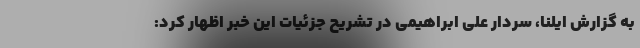
به گزارش ایلنا، سردار علی ابراهیمی در تشریح جزئیات این خبر اظهار کرد: